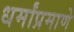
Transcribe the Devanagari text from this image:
धर्मांप्रमाणे